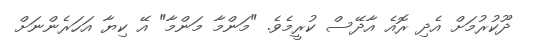
ދޫކުރުމަށް އެދި ރޮއެ އާދޭސް ކުރީމެވެ. "މަންމާ މަންމާ" އޭ ކިޔާ އަހަރެންނަށް